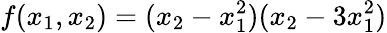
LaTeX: f(x_{1},x_{2})=(x_{2}-x_{1}^{2})(x_{2}-3x_{1}^{2})